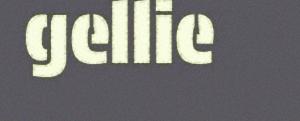
gellie